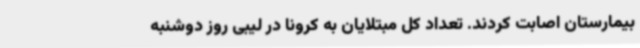
بیمارستان اصابت کردند. تعداد کل مبتلایان به کرونا در لیبی روز دوشنبه